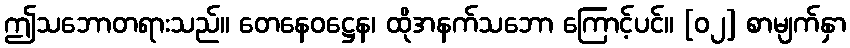
ဤသဘောတရားသည်။ တေနေဝဋ္ဌေန၊ ထိုအနက်သဘော ကြောင့်ပင်။ [၀၂] စာမျက်နှာ